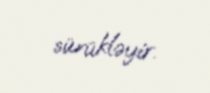
sürükləyir.